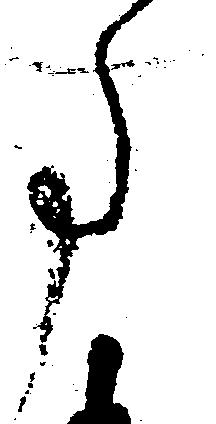
事